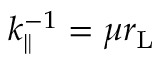
k _ { \parallel } ^ { - 1 } = \mu r _ { \mathrm { L } }